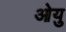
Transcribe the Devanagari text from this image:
ओयु